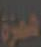
همزة